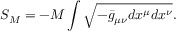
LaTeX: S _ { M } = - M \int \sqrt { - { \bar { g } } _ { \mu \nu } d x ^ { \mu } d x ^ { \nu } } .